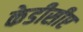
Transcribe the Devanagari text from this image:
केडीसीए